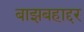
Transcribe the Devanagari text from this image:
बाझबहाद्दर